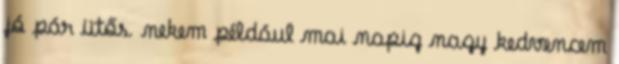
jó pár ütős. nekem például mai napig nagy kedvencem